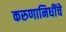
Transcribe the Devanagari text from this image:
करुणानिधींचे